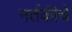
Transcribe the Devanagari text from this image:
नर्तकीचे